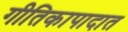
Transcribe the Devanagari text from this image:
गीतिकापादात